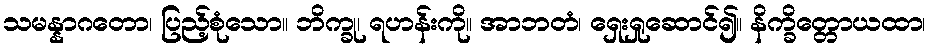
သမန္နာဂတော၊ ပြည့်စုံသော။ ဘိက္ခု၊ ရဟန်းကို။ အာဘတံ၊ ရှေးရှုဆောင်၍။ နိက္ခိတ္တောယထာ၊